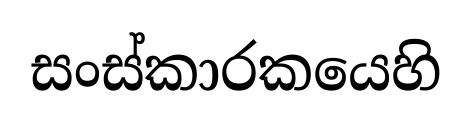
සංස්කාරකයෙහි